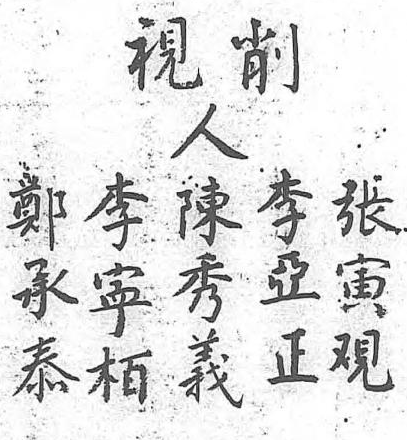
削人陳李張鄭李視 秀亞寅承寧  義正觀泰柏